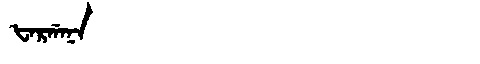
Manchu: ᡶᠠᡵᡤᠠᠨᠠ
Romanization: FARGANA